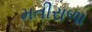
મતીરાળા